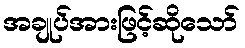
အချုပ်အားဖြင့်ဆိုသော်